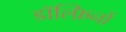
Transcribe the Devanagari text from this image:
डॉल्फ़िनों